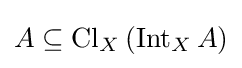
A\subseteq \operatorname {Cl} _{X}\left(\operatorname {Int} _{X}A\right)